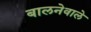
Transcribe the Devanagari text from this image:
बालनेवाले